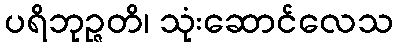
ပရိဘုဉ္ဇတိ၊ သုံးဆောင်လေသ